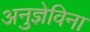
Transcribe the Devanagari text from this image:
अनुज्ञेविना